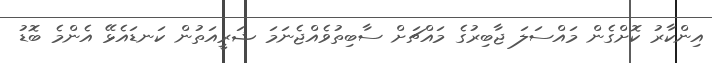
އިންކާރު ކޮށްގެން މައްސަލަ ޖާބިރުގެ މައްޗަށް ސާބިތުވެއްޖެނަމަ ޝަރީއަތުން ކަނޑައެޅޭ އެންމެ ބޮޑު